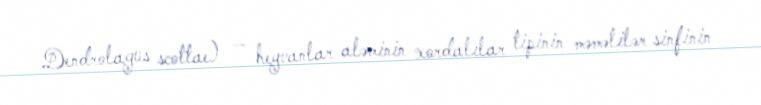
Dendrolagus scottae) — heyvanlar aləminin xordalılar tipinin məməlilər sinfinin